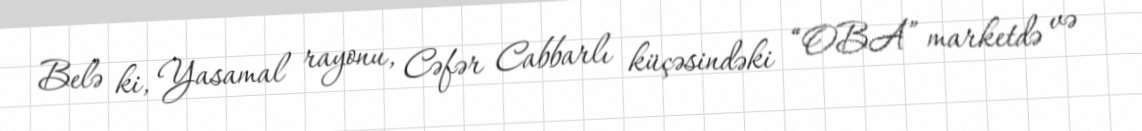
Belə ki, Yasamal rayonu, Cəfər Cabbarlı küçəsindəki “OBA” marketdə və